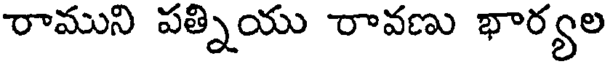
రాముని పత్నియు రావణు భార్యల